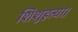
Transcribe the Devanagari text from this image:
शिशुहत्या।